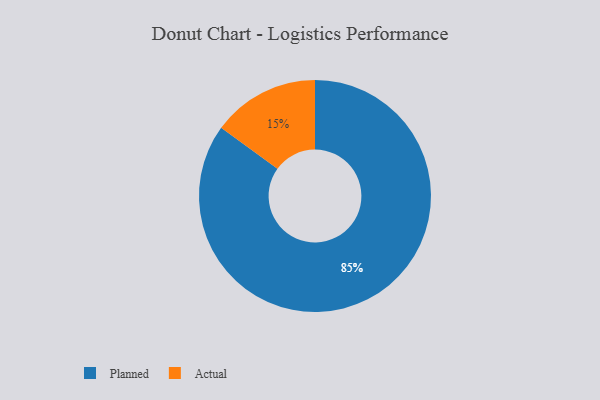
{"axis": {"x": "Category", "y": "Percentage"}, "legend": ["Actual", "Planned"], "data": [{"x": "Actual", "y": 15, "type": "Actual"}, {"x": "Planned", "y": 85, "type": "Planned"}]}